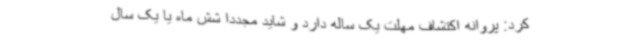
کرد: پروانه اکتشاف مهلت یک ساله دارد و شاید مجددا شش ماه یا یک سال